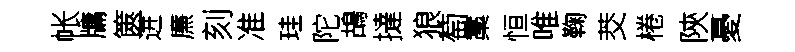
帐牗篋进㢘刻准珪陀鴣撻狼萄藁恒唯鞠茭棬陝憂